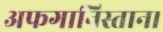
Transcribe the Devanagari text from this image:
अफगानिस्तान।